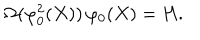
\Omega ( \varphi _ { 0 } ^ { 2 } ( X ) ) \, \varphi _ { 0 } ( X ) = H .